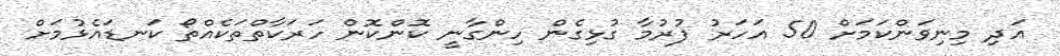
އަދި މިނިވަންކަމަށް 50 އަހަރު ފުރުމާ ގުޅިގެން ހިންގާނީ ކޮންކޮން ހަރަކާތްތަކެއްތޯ ކަނޑައެޅުމަށް